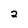
Character: 2